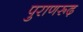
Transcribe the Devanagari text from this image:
पुराणरूढ़